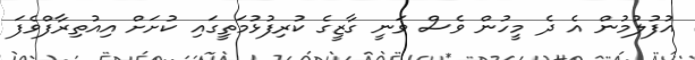
އުފުލުމުން އެ ދެ މީހުން ވެސް ވަނީ ގާޒީގެ ކުރިފުޅުމަތީގައި ކުށަށް އިއުތިރާފްވެފަ